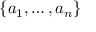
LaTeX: \{ a _ { 1 } , \dots , a _ { n } \}